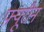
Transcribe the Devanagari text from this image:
फ़्यूरीन